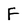
Character: F